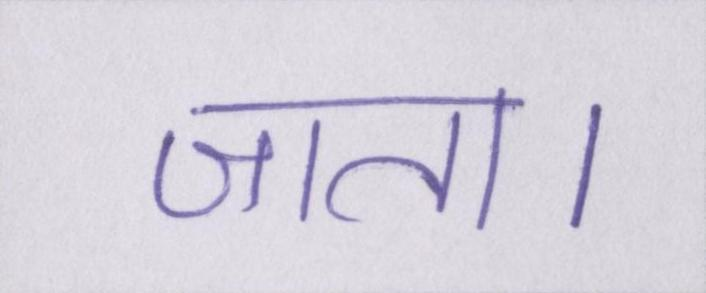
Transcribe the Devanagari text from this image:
जाता।